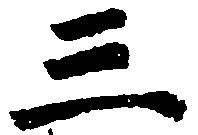
三